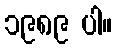
၁၉၈၉ ပါ။